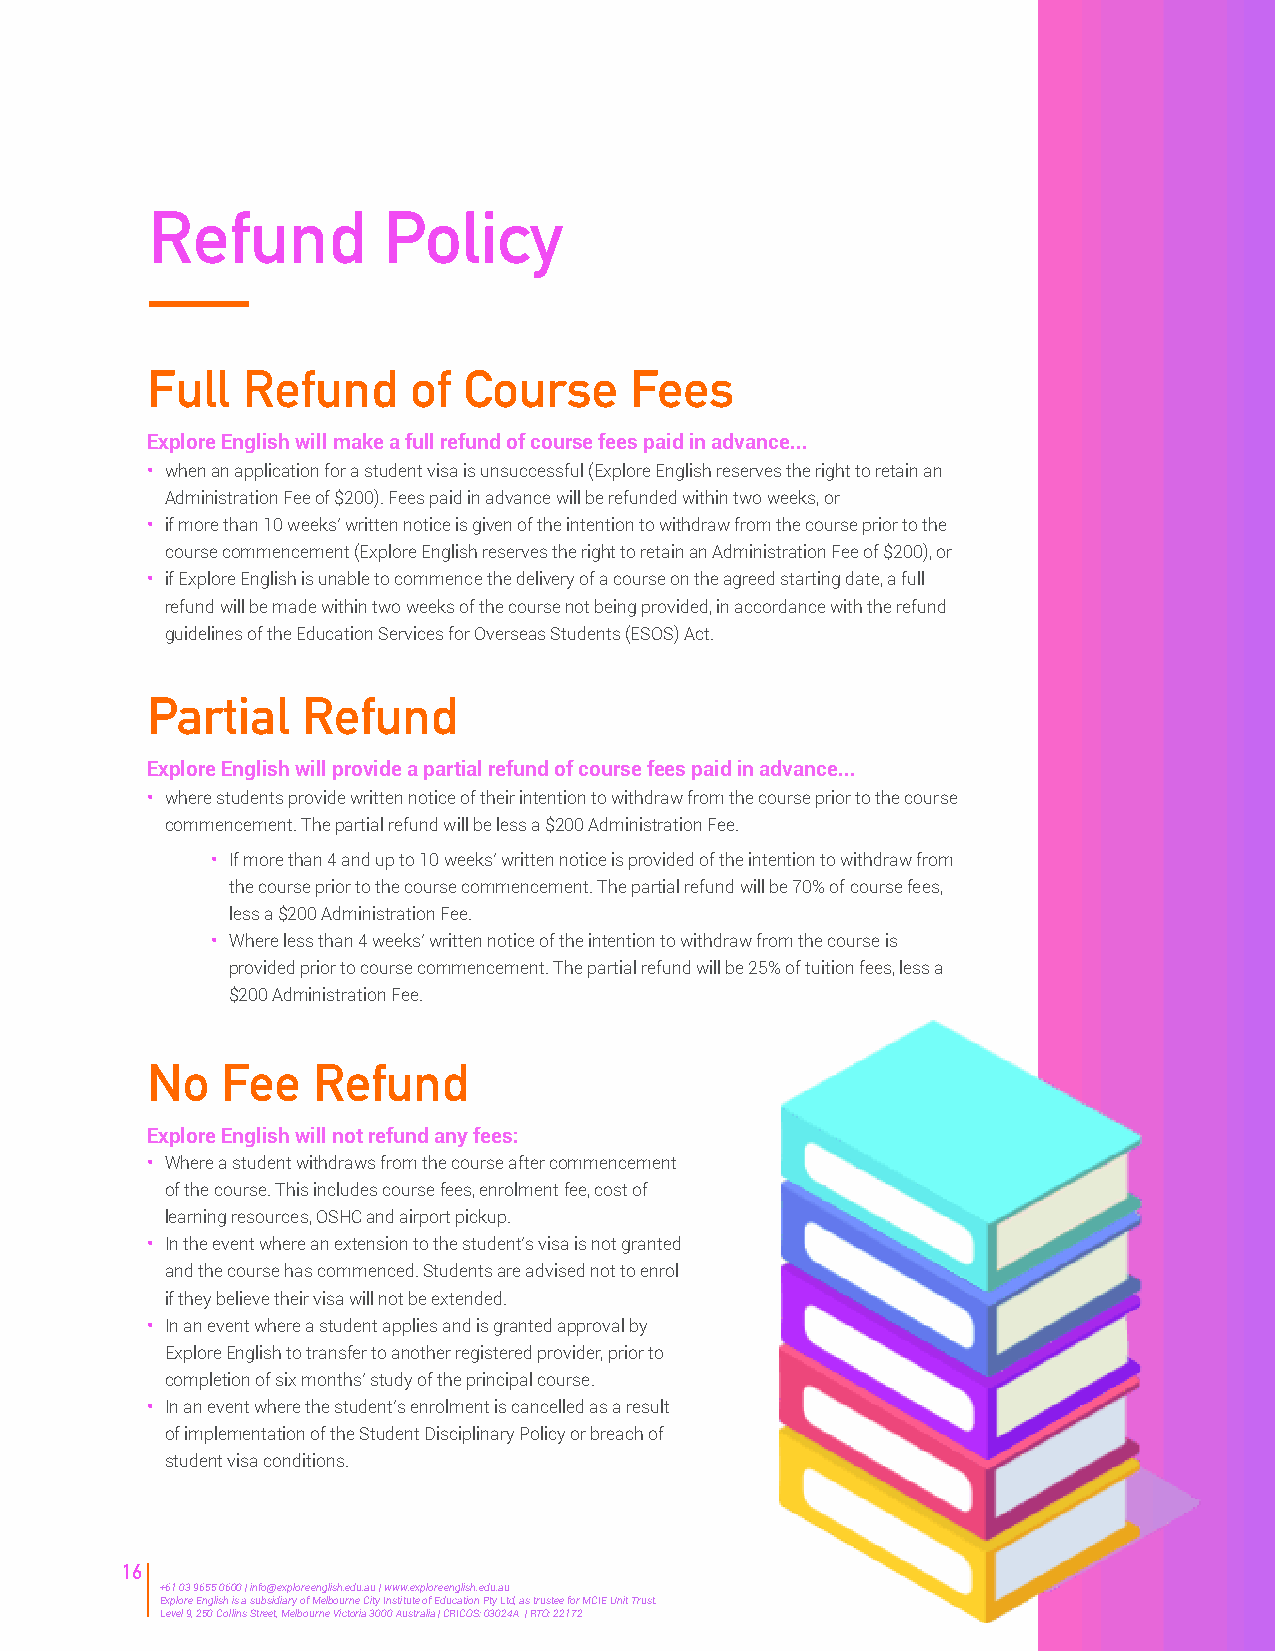
Refund         Policy
 Full  Refund     of  Course     Fees
 Explore English will make a full refund of course fees paid in advance...
 • when an application for a student visa is unsuccessful (Explore English reserves the right to retain an
 Administration Fee of $200). Fees paid in advance will be refunded within two weeks, or
 • if more than 10 weeks’ written notice is given of the intention to withdraw from the course prior to the
 course commencement (Explore English reserves the right to retain an Administration Fee of $200), or
 • if Explore English is unable to commence the delivery of a course on the agreed starting date, a full
 refund will be made within two weeks of the course not being provided, in accordance with the refund
 guidelines of the Education Services for Overseas Students (ESOS) Act.
 Partial   Refund
 Explore English will provide a partial refund of course fees paid in advance...
 • where students provide written notice of their intention to withdraw from the course prior to the course
 commencement. The partial refund will be less a $200 Administration Fee.
 • If more than 4 and up to 10 weeks’ written notice is provided of the intention to withdraw from
 the course prior to the course commencement. The partial refund will be 70% of course fees,
 less a $200 Administration Fee.
 • Where less than 4 weeks’ written notice of the intention to withdraw from the course is
 provided prior to course commencement. The partial refund will be 25% of tuition fees, less a
 $200 Administration Fee.
 No   Fee   Refund
 Explore English will not refund any fees:
 • Where a student withdraws from the course after commencement
 of the course. This includes course fees, enrolment fee, cost of
 learning resources, OSHC and airport pickup.
 • In the event where an extension to the student’s visa is not granted
 and the course has commenced. Students are advised not to enrol
 if they believe their visa will not be extended.
 • In an event where a student applies and is granted approval by
 Explore English to transfer to another registered provider, prior to
 completion of six months’ study of the principal course.
 • In an event where the student’s enrolment is cancelled as a result
 of implementation of the Student Disciplinary Policy or breach of
 student visa conditions.
 16
 +61 03 9655 0600 | info@exploreenglish.edu.au | www.exploreenglish.edu.au
 Explore English is a subsidiary of Melbourne City Institute of Education Pty Ltd, as trustee for MCIE Unit Trust.
 Level 9, 250 Collins Street, Melbourne Victoria 3000 Australia | CRICOS: 03024A | RTO: 22172